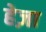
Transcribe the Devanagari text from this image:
हेज़ा